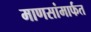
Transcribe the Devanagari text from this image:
माणसांमार्फत